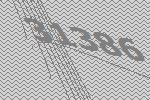
31386